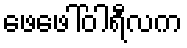
ဖေဖေါ်ဝါရီလက